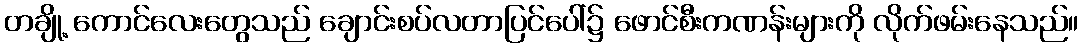
တချို့ ကောင်လေးတွေသည် ချောင်းစပ်လတာပြင်ပေါ်၌ ဖောင်စီးကဏန်းများကို လိုက်ဖမ်းနေသည်။